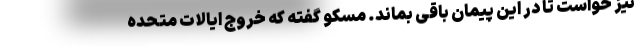
نیز خواست تا در این پیمان باقی بماند. مسکو گفته که خروج ایالات متحده